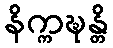
နိက္ကဍ္ဎန္တိ